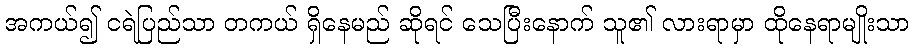
အကယ်၍ ငရဲပြည်သာ တကယ် ရှိနေမည် ဆိုရင် သေပြီးနောက် သူ၏ လားရာမှာ ထိုနေရာမျိုးသာ